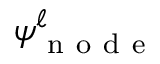
\psi _ { \mathrm { ~ n ~ o ~ d ~ e ~ } } ^ { \ell }